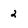
Character: 2